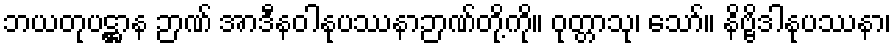
ဘယတုပဋ္ဌာန ဉာဏ် အာဒီနဝါနုပဿနာဉာဏ်တို့ကို။ ဝုတ္တာသု၊ သော်။ နိဗ္ဗိဒါနုပဿနာ၊